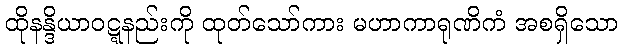
ထိုနန္ဒိယာဝဋ္ဋနည်းကို ထုတ်သော်ကား မဟာကာရုဏိကံ အစရှိသော